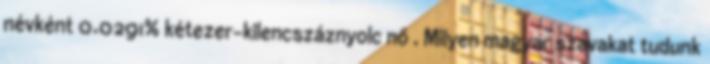
névként 0.0291% kétezer-kilencszáznyolc nő . Milyen magyar szavakat tudunk